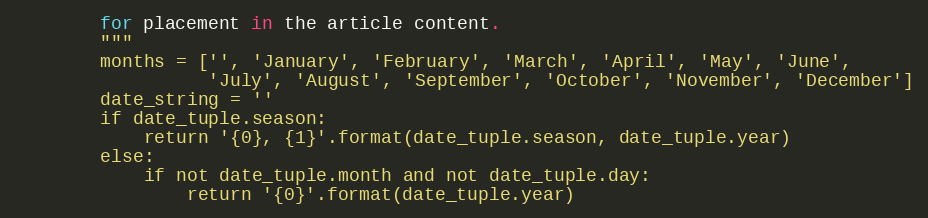
Language: Python
        for placement in the article content.
        """
        months = ['', 'January', 'February', 'March', 'April', 'May', 'June',
                  'July', 'August', 'September', 'October', 'November', 'December']
        date_string = ''
        if date_tuple.season:
            return '{0}, {1}'.format(date_tuple.season, date_tuple.year)
        else:
            if not date_tuple.month and not date_tuple.day:
                return '{0}'.format(date_tuple.year)